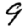
Digit: 9